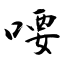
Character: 喓